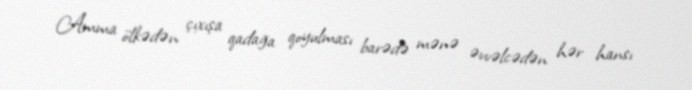
Amma ölkədən çıxışa qadağa qoyulması barədə mənə əvvəlcədən hər hansı